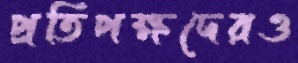
প্রতিপক্ষদেরও